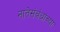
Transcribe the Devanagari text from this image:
नातेसंबंधांच्या